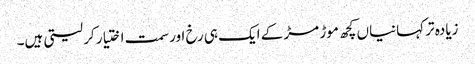
زیادہ تر کہانیاں کچھ موڑ مڑ کے ایک ہی رخ اور سمت اختیار کر لیتی ہیں۔